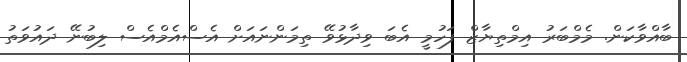
ބާއްވާކަން. މެމްބަރު އިމްތިޔާޒް ފަހުމީ އެބަ ވިދާޅުވޭ ތިމަންނައަށް އެސްއެމްއެސް ލިބުނޭ ދައުވަތު